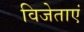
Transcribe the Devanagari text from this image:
विजेताएं